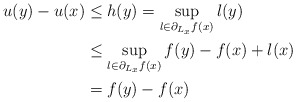
\begin{align*} u(y) - u(x) &\leq h(y) = \sup_{l\in \partial_{L_x} f(x)} l(y) \\ &\leq \sup_{l\in \partial_{L_x} f(x)} f(y) - f(x) + l(x) \\ &= f(y) - f(x) \end{align*}